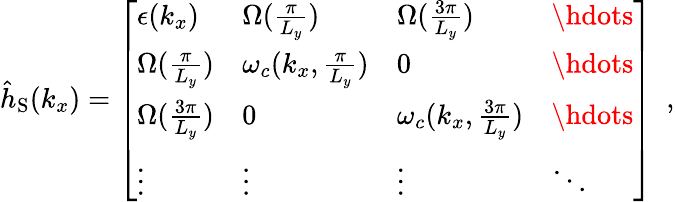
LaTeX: \begin{array}{r}{{\hat{h}}_{\mathrm{S}}({k_{x}})=\left[\begin{array}{llll}{\epsilon(k_{x})}&{{\Omega}(\frac{\pi}{L_{y}})}&{{\Omega}(\frac{3\pi}{L_{y}})}&{\hdots}\\ {{\Omega}(\frac{\pi}{L_{y}})}&{\omega_{c}({k_{x},\frac{\pi}{L_{y}}})}&{0}&{\hdots}\\ {{\Omega}(\frac{3\pi}{L_{y}})}&{0}&{\omega_{c}({k_{x},\frac{3\pi}{L_{y}}})}&{\hdots}\\ {\vdots}&{\vdots}&{\vdots}&{\ddots}\end{array}\right]~~,}\end{array}